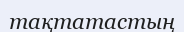
тақтатастың